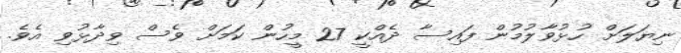
ނިޔަލަށް ހުޅުވާލުމުން ފައިސާ ދެއްކީ 27 މީހުން ކަމަށް ވެސް ވިދާޅުވި އެވެ.